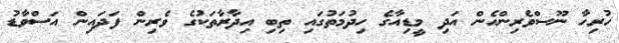
ހުރިހާ ނޫސްވެެރިންހެން އަދި މީޑިއާގެ ހިދުމަތުގައި ތިބި އިދާރާތަަކުގެ ވެރިން ފަދައިން އަސްވާޑު